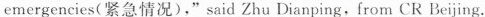
emergencies(紧急情况)," said Zhu Dianping, from CR Beijing.